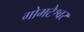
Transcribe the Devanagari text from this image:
गोमटेश्वर